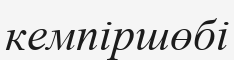
кемпіршөбі